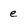
Character: e